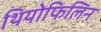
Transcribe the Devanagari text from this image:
थियोफिलिन